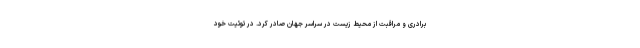
برادری و مراقبت از محیط زیست در سراسر جهان صادر کرد. در توئیت خود